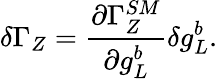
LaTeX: \delta\Gamma_{Z}={\frac{\partial\Gamma_{Z}^{SM}}{\partial g_{L}^{b}}}\delta g_{L}^{b}.